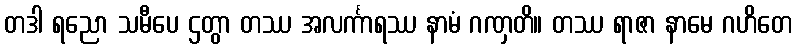
တဒါ ရညော သမီပေ ဌတွာ တဿ အလင်္ကာရဿ နာမံ ဂဏှတိ။ တဿ ရာဇာ နာမေ ဂဟိတေ